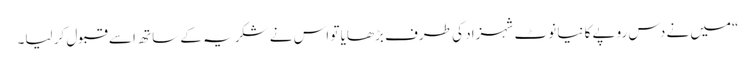
“میں نے دس روپے کا نیا نوٹ شہزاد کی طرف بڑھایا تو اس نے شکریہ کے ساتھ اسے قبول کر لیا۔